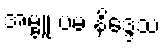
အမ္ဗူ ပမ နိဒ္ဒေသ